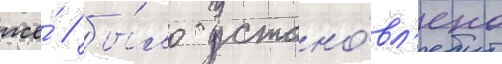
же́ / бы́ло устано́вл'ено